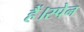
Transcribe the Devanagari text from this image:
हैं।स्पेन